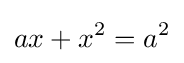
ax+x^{2}=a^{2}